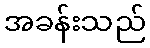
အခန်းသည်